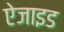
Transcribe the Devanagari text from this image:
ऐजाइड